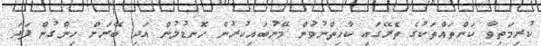
ކުރިމަތިވާ ކަންތައްތަކުގެ ތެރޭގައި ކާހިތްނުވުން މޭނުބައިކުރުން ހޮނޑުލުން އަދި ބޭރަށް ހިންގުން ފަދަ